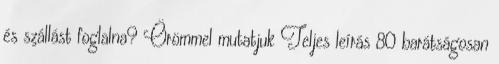
és szállást foglalna? Örömmel mutatjuk Teljes leírás 80 barátságosan